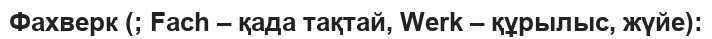
Фахверк (; Fach – қада тақтай, Werk – құрылыс, жүйе):